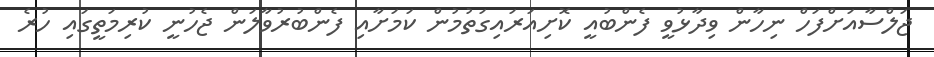
ޖަލްސާއަށްފަހް ނިހާން ވިދާޅުވީ ފެންބުއީ ކޮށިއަރައިގަތުމުން ކަމަށާއި ފެންބުރުވާލަން ޖެހުނީ ކުރިމަތީގައި ހުރެ